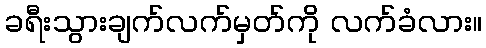
ခရီးသွားချက်လက်မှတ်ကို လက်ခံလား။